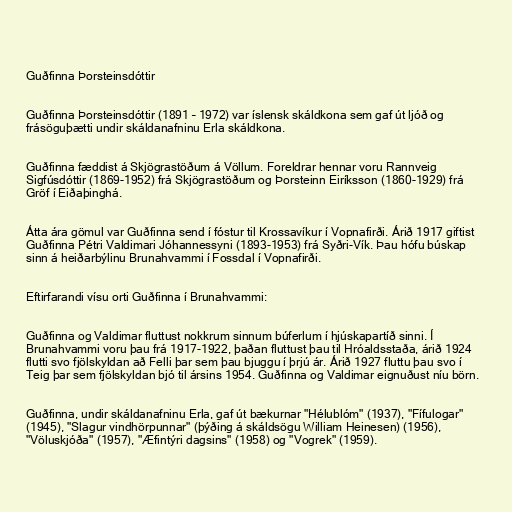
Guðfinna Þorsteinsdóttir

Guðfinna Þorsteinsdóttir (1891 – 1972) var íslensk skáldkona sem gaf út ljóð og
frásöguþætti undir skáldanafninu Erla skáldkona.

Guðfinna fæddist á Skjögrastöðum á Völlum. Foreldrar hennar voru Rannveig
Sigfúsdóttir (1869-1952) frá Skjögrastöðum og Þorsteinn Eiríksson (1860-1929) frá
Gröf í Eiðaþinghá.

Átta ára gömul var Guðfinna send í fóstur til Krossavíkur í Vopnafirði. Árið 1917 giftist
Guðfinna Pétri Valdimari Jóhannessyni (1893-1953) frá Syðri-Vík. Þau hófu búskap
sinn á heiðarbýlinu Brunahvammi í Fossdal í Vopnafirði.

Eftirfarandi vísu orti Guðfinna í Brunahvammi:

Guðfinna og Valdimar fluttust nokkrum sinnum búferlum í hjúskapartíð sinni. Í
Brunahvammi voru þau frá 1917-1922, þaðan fluttust þau til Hróaldsstaða, árið 1924
flutti svo fjölskyldan að Felli þar sem þau bjuggu í þrjú ár. Árið 1927 fluttu þau svo í
Teig þar sem fjölskyldan bjó til ársins 1954. Guðfinna og Valdimar eignuðust níu börn.

Guðfinna, undir skáldanafninu Erla, gaf út bækurnar "Hélublóm" (1937), "Fífulogar"
(1945), "Slagur vindhörpunnar" (þýðing á skáldsögu William Heinesen) (1956),
"Völuskjóða" (1957), "Æfintýri dagsins" (1958) og "Vogrek" (1959).